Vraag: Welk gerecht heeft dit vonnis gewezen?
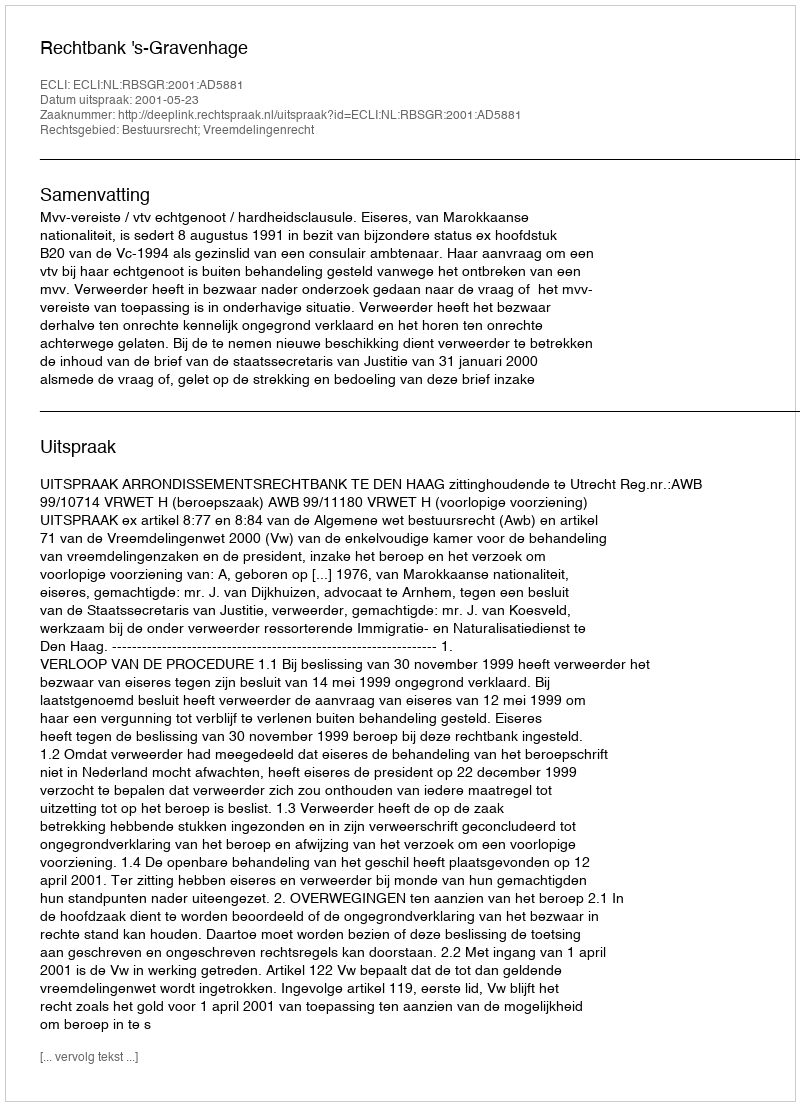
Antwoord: Rechtbank 's-Gravenhage